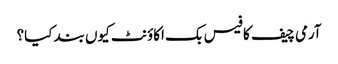
آرمی چیف کا فیس بک اکاؤنٹ کیوں بند کیا؟